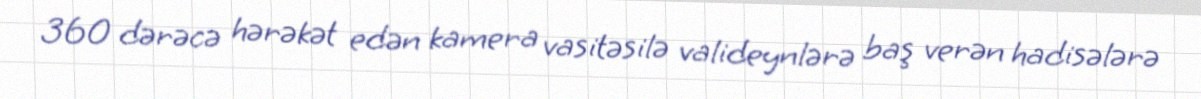
360 dərəcə hərəkət edən kamera vasitəsilə valideynlərə baş verən hadisələrə